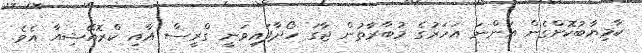
ކާމިޔާބުކޮށްގެން އަންނަ އަހަރުގެ މުބާރާތުން ޖާގަ ހޯދާފައިވަނީ ގްރީސް އާއި ކްރޮއޭޝިއާ އެވެ.